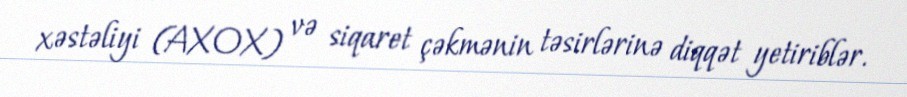
xəstəliyi (AXOX) və siqaret çəkmənin təsirlərinə diqqət yetiriblər.